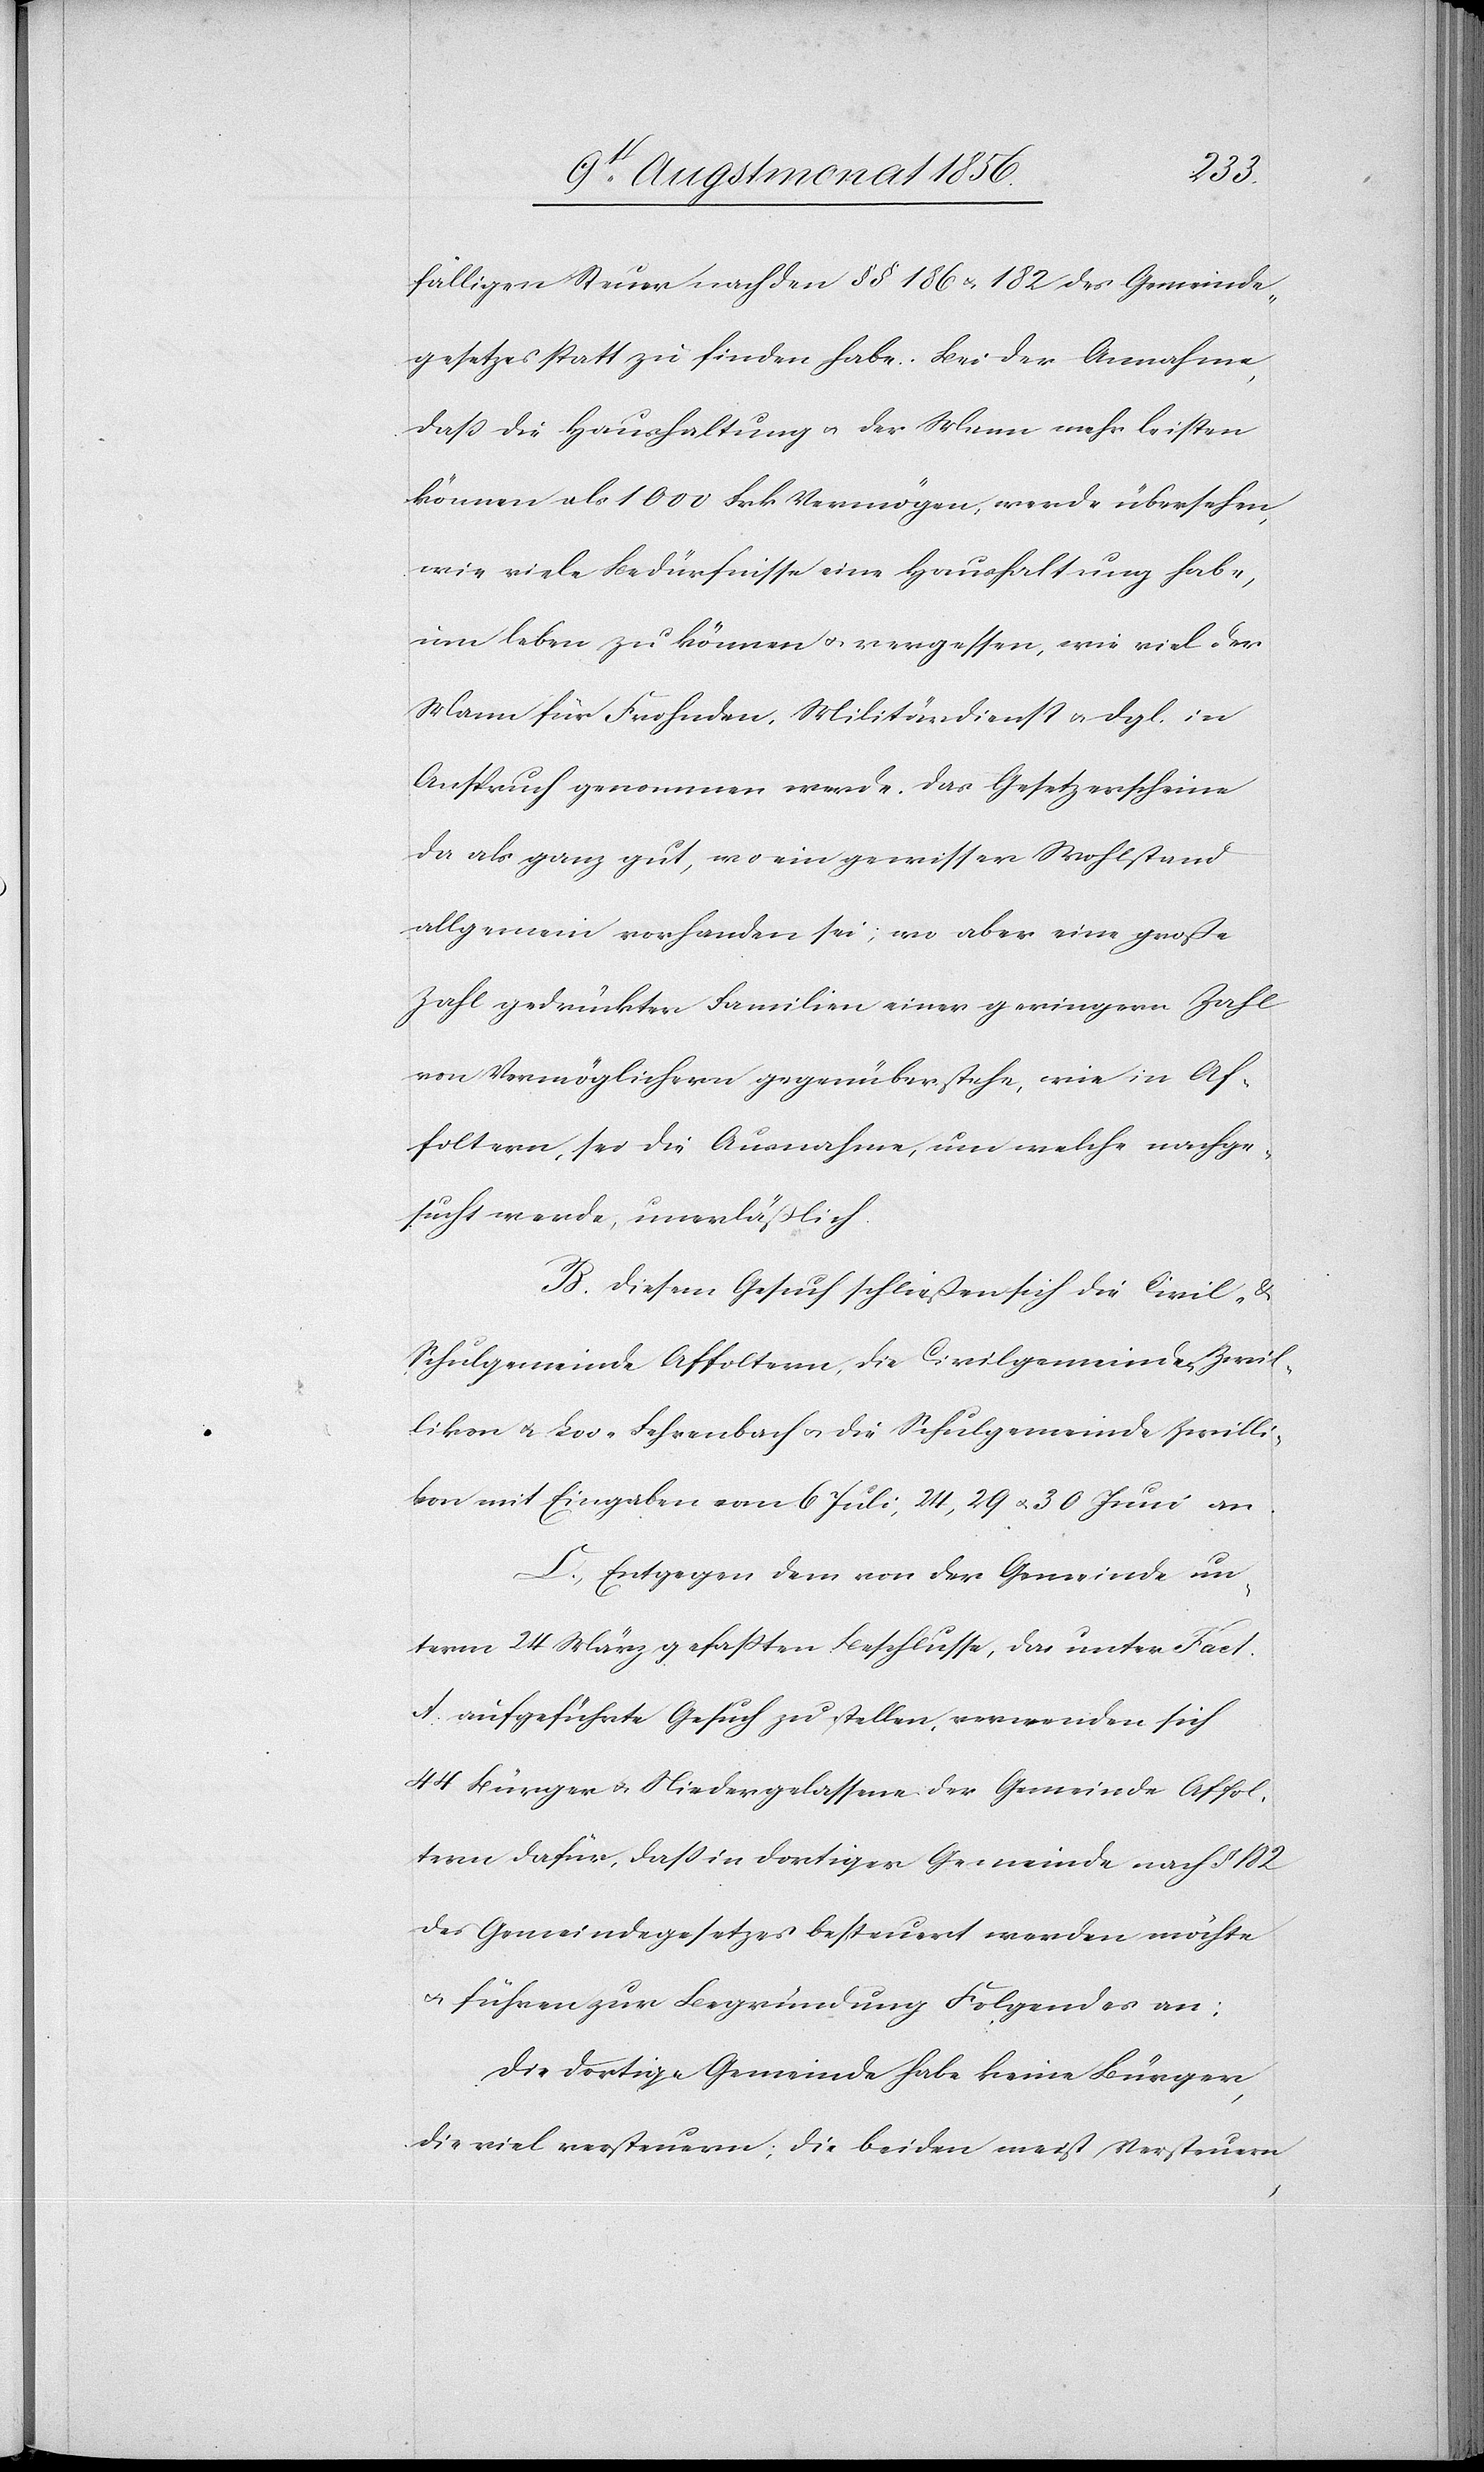
fälligen Steuer nach den §§ 186 u. 182 des Gemeinde¬
gesetzes statt zu finden habe. Bei der Annahme,
dass die Haushaltung u. der Mann mehr leisten
können als 1000 Frk Vermögen, werde übersehen,
wie viele Bedürfnisse eine Haushaltung habe,
um leben zu können u. vergessen, wie viel der
Mann für Frohnden, Militärdienst u. dgl. in
Anspruch genommen werde, das Gesetz erscheine
da als ganz gut, wo ein gewisser Wohlstand
allgemein vorhanden sei; wo aber eine große
Zahl gedrückter Familien einer geringern Zahl
von Vermöglichern gegenüberstehe, wie in Af¬
foltern, sei die Ausnahme, um welche nachge¬
sucht werde, unerläßlich.
B.) Diesem Gesuch schließen sich die Civil- &
Schulgemeinde Affoltern, die Civilgemeinde Zwil¬
likon u. Loo-Fehrenbach u. die Schulgemeinde Zwilli¬
kon mit Eingaben vom 6 Juli, 24, 29 u. 30 Juni an.
C.) Entgegen dem von der Gemeinde un¬
term 24 März gefassten Beschlusse, das unter Fact.
A. aufgeführte Gesuch zu stellen, verwenden sich
44 Bürger u. Niedergelassene der Gemeinde Affol¬
tern dafür, dass in dortiger Gemeinde nach § 182
des Gemeindegesetzes besteuert werden möchte
u. führen zur Begründung Folgendes an:
Die dortige Gemeinde habe keine Bürger,
die viel versteuern; die beiden meist Versteuern-